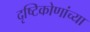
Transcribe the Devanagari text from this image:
दृष्टिकोणांच्या